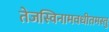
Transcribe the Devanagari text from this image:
तेजस्विनामवधीतमस्तु